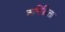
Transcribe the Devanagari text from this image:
अनिश्चित्ता